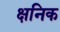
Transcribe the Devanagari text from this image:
क्षनिक